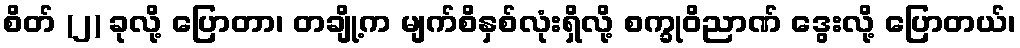
စိတ် (၂) ခုလို့ ပြောတာ၊ တချို့က မျက်စိနှစ်လုံးရှိလို့ စက္ခုဝိညာဏ် ဒွေးလို့ ပြောတယ်၊